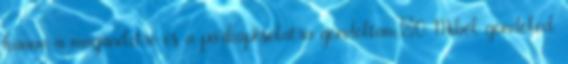
hanem a magánéletre és a párkapcsolatra gondoltam.:0 Miből gondolod,